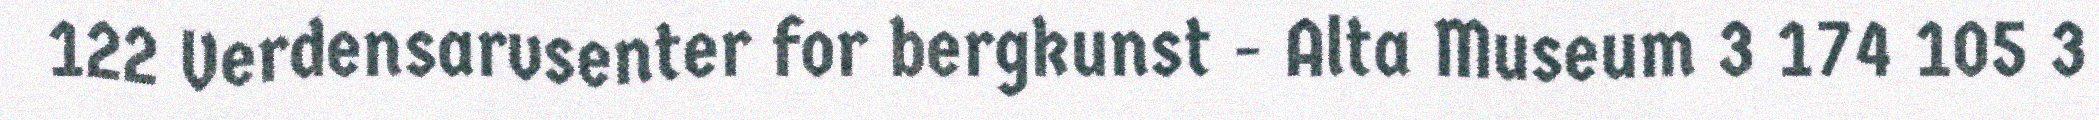
122 Verdensarvsenter for bergkunst - Alta Museum 3 174 105 3